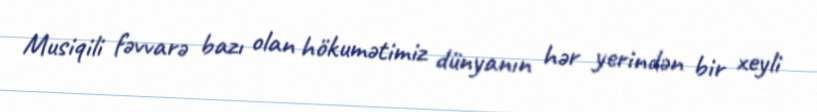
Musiqili fəvvarə bazı olan hökumətimiz dünyanın hər yerindən bir xeyli